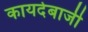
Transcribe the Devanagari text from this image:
कायदेबाजी